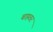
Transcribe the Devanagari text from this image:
बाहतर